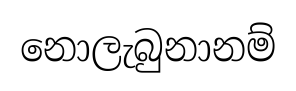
නොලැබුනානම්